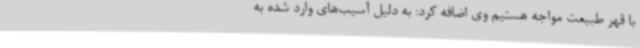
با قهر طبیعت مواجه هستیم وی اضافه کرد: به دلیل آسیب‌های وارد شده به